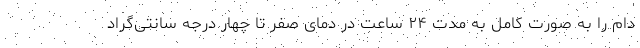
دام را به صورت کامل به مدت ۲۴ ساعت در دمای صفر تا چهار درجه سانتی‌گراد